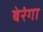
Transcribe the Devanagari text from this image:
बेरंगा